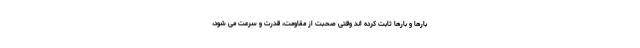
بارها و بارها ثابت کرده اند وقتی صحبت از مقاومت، قدرت و سرعت می شود،